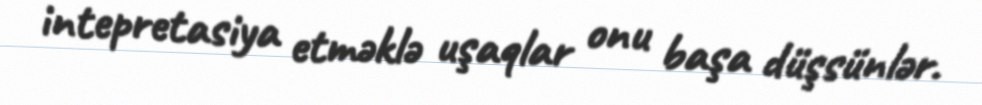
intepretasiya etməklə uşaqlar onu başa düşsünlər.